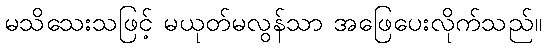
မသိသေးသဖြင့် မယုတ်မလွန်သာ အဖြေပေးလိုက်သည်။